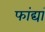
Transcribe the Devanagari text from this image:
फांद्यां